Report on the working of the Ranchi Indian Mental Hospital, Kanke, in Bihar and Orissa - 1930-1940
Year: 1930
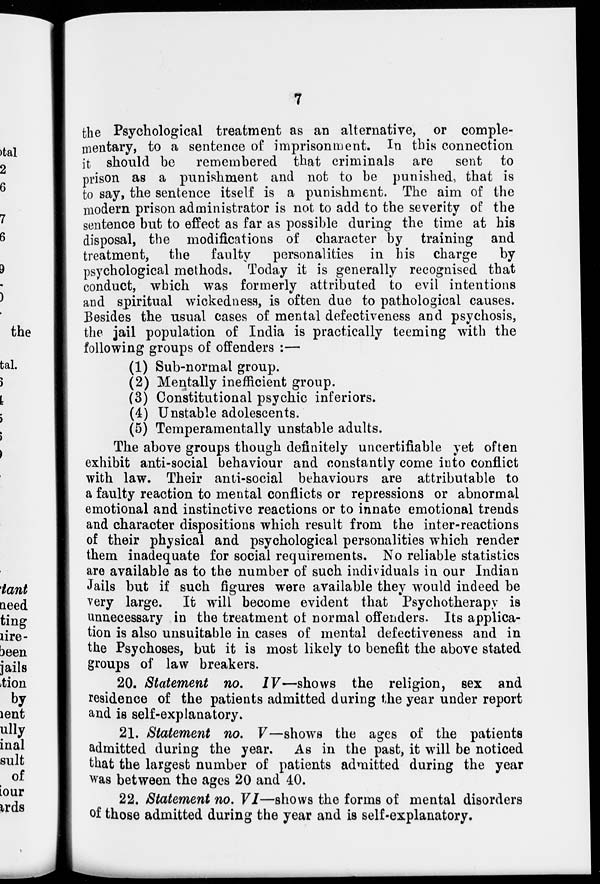
7
the Psychological treatment as an alternative, or comple-
mentary, to a sentence of imprisonment. In this connection
it should be remembered that criminals are sent to
prison as a punishment and not to be punished, that is
to say, the sentence itself is a punishment. The aim of the
modern prison administrator is not to add to the severity of the
sentence but to effect as far as possible during the time at his
disposal, the modifications of character by training and
treatment, the faulty personalities in his charge by
psychological methods. Today it is generally recognised that
conduct, which was formerly attributed to evil intentions
and spiritual wickedness, is often due to pathological causes.
Besides the usual cases of mental defectiveness and psychosis,
the jail population of India is practically teeming with the
following groups of offenders :—
(1) Sub-normal group.
(2) Mentally inefficient group.
(3) Constitutional psychic inferiors.
(4) Unstable adolescents.
(5) Temperamentally unstable adults.
The above groups though definitely uncertifiable yet often
exhibit anti-social behaviour and constantly come into conflict
with law. Their anti-social behaviours are attributable to
a faulty reaction to mental conflicts or repressions or abnormal
emotional and instinctive reactions or to innate emotional trends
and character dispositions which result from the inter-reactions
of their physical and psychological personalities which render
them inadequate for social requirements. No reliable statistics
are available as to the number of such individuals in our Indian
Jails but if such figures were available they would indeed be
very large. It will become evident that Psychotherapy is
unnecessary in the treatment of normal offenders. Its applica-
tion is also unsuitable in cases of mental defectiveness and in
the Psychoses, but it is most likely to benefit the above stated
groups of law breakers.
20. Statement no. IV—shows the religion, sex and
residence of the patients admitted during the year under report
and is self-explanatory.
21. Statement no. V—shows the ages of the patients
admitted during the year. As in the past, it will be noticed
that the largest number of patients admitted during the year
was between the ages 20 and 40.
22. Statement no. VI—shows the forms of mental disorders
of those admitted during the year and is self-explanatory.